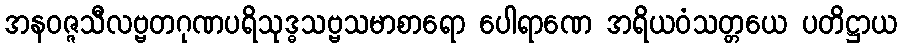
အနဝဇ္ဇသီလဗ္ဗတဂုဏပရိသုဒ္ဓသဗ္ဗသမာစာရော ပေါရာဏေ အရိယဝံသတ္တယေ ပတိဋ္ဌာယ